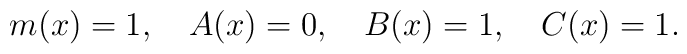
m(x)=1, \ \ \   A(x)=0, \ \ \   B(x)=1, \ \ \  C(x)=1.